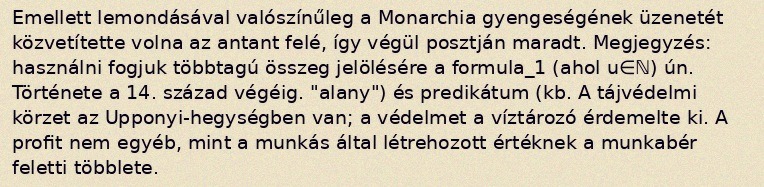
Emellett lemondásával valószínűleg a Monarchia gyengeségének üzenetét közvetítette volna az antant felé, így végül posztján maradt. Megjegyzés: használni fogjuk többtagú összeg jelölésére a formula_1 (ahol u∈ℕ) ún. Története a 14. század végéig. "alany") és predikátum (kb. A tájvédelmi körzet az Upponyi-hegységben van; a védelmet a víztározó érdemelte ki. A profit nem egyéb, mint a munkás által létrehozott értéknek a munkabér feletti többlete.